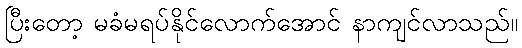
ပြီးတော့ မခံမရပ်နိုင်လောက်အောင် နာကျင်လာသည်။